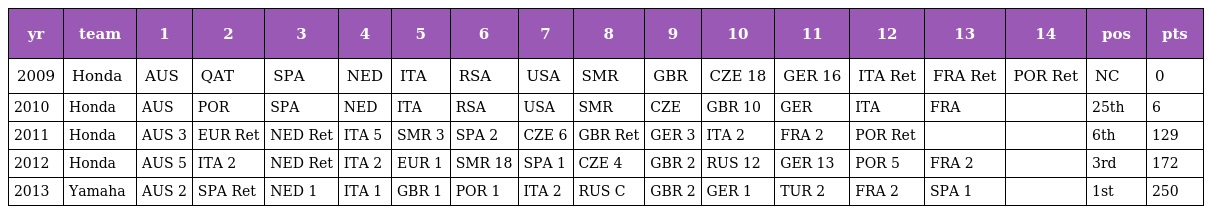
| yr | team | 1 | 2 | 3 | 4 | 5 | 6 | 7 | 8 | 9 | 10 | 11 | 12 | 13 | 14 | pos | pts |
 | --- | --- | --- | --- | --- | --- | --- | --- | --- | --- | --- | --- | --- | --- | --- | --- | --- | --- |
 | 2009 | Honda | AUS | QAT | SPA | NED | ITA | RSA | USA | SMR | GBR | CZE 18 | GER 16 | ITA Ret | FRA Ret | POR Ret | NC | 0 |
 | 2010 | Honda | AUS | POR | SPA | NED | ITA | RSA | USA | SMR | CZE | GBR 10 | GER | ITA | FRA |  | 25th | 6 |
 | 2011 | Honda | AUS 3 | EUR Ret | NED Ret | ITA 5 | SMR 3 | SPA 2 | CZE 6 | GBR Ret | GER 3 | ITA 2 | FRA 2 | POR Ret |  |  | 6th | 129 |
 | 2012 | Honda | AUS 5 | ITA 2 | NED Ret | ITA 2 | EUR 1 | SMR 18 | SPA 1 | CZE 4 | GBR 2 | RUS 12 | GER 13 | POR 5 | FRA 2 |  | 3rd | 172 |
 | 2013 | Yamaha | AUS 2 | SPA Ret | NED 1 | ITA 1 | GBR 1 | POR 1 | ITA 2 | RUS C | GBR 2 | GER 1 | TUR 2 | FRA 2 | SPA 1 |  | 1st | 250 |